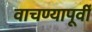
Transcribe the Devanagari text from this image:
वाचण्यापूर्वी